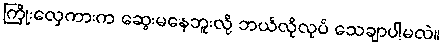
ကြိုးလှေကားက ဆွေးမနေဘူးလို့ ဘယ်လိုလုပ် သေချာပါ့မလဲ။